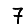
Digit: 7